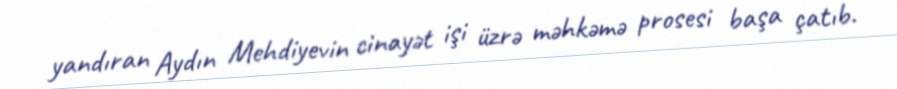
yandıran Aydın Mehdiyevin cinayət işi üzrə məhkəmə prosesi başa çatıb.